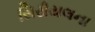
સિરીયલના